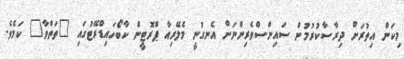
މިކަން އިތުރަށް ދިރާސާކުރުމުން ސައިންސްވެރިންނަށް އެނގުނީ މެލޭރިއާ ޕްރޮޓީން ކާބޯހައިޑްރޭޓުގައި "ތަތްވާ" ކަމެވެ.